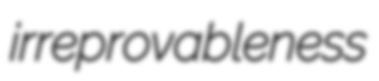
irreprovableness